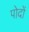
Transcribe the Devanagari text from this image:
पोदों